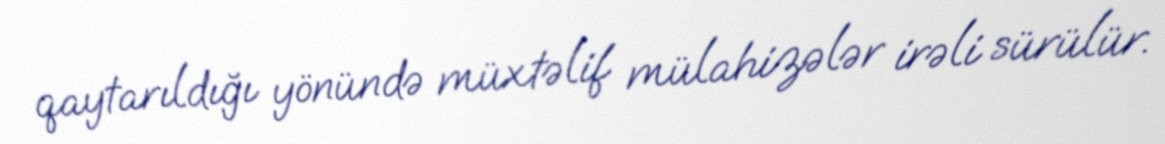
qaytarıldığı yönündə müxtəlif mülahizələr irəli sürülür.